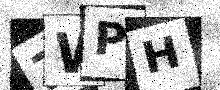
Text: ZWPH